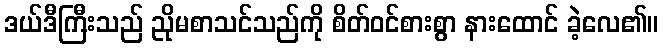
ဒယ်ဒီကြီးသည် ညိုမစာသင်သည်ကို စိတ်ဝင်စားစွာ နားထောင် ခဲ့လေ၏။